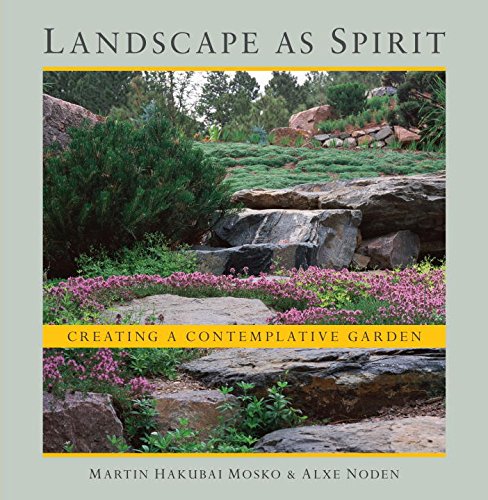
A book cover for Landscape as Spirit: Creating a Contemplative Garden; Martin Hakubai Mosko; Crafts, Hobbies & Home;